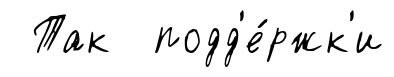
Так подд'е́ржк'и